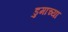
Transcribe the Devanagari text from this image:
डुमाच्या